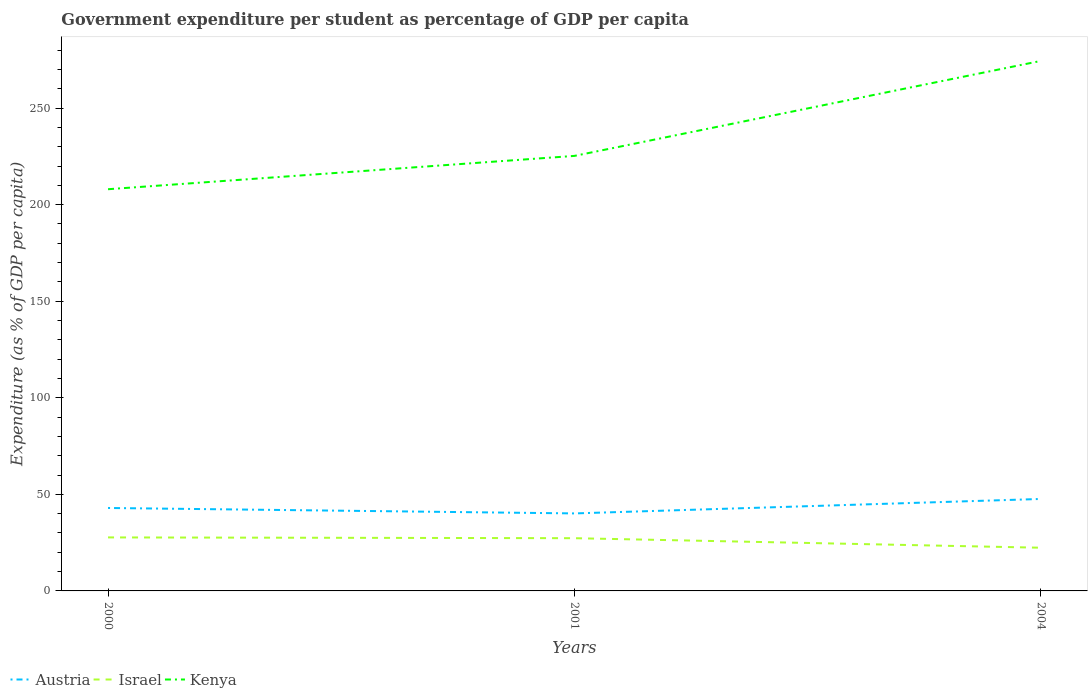
| Years | Austria | Israel | Kenya |
 | --- | --- | --- | --- |
 | 2000 | 42.9 | 27.7 | 208 |
 | 2001 | 40.1 | 27.3 | 225 |
 | 2004 | 47.6 | 22.4 | 274 |